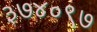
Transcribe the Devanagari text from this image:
३७४०९७